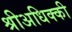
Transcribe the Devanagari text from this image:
श्रीअधिक्की